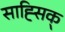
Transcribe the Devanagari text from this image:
साह्सिक्